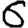
Digit: 6